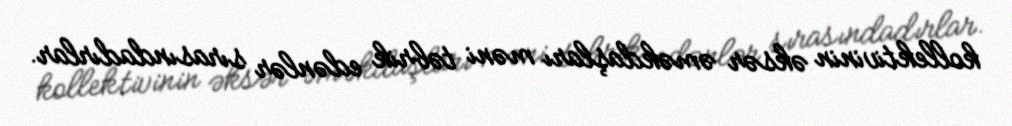
kollektivinin əksər əməkdaşları məni təbrik edənlər sırasındadırlar.